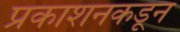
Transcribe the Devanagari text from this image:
प्रकाशनकडून